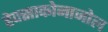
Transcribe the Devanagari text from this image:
हेक्‍साकोनाजोल